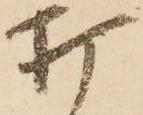
打